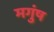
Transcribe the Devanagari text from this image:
मगुंष